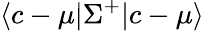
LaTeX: \langle c-\mu|\Sigma^{+}|c-\mu\rangle